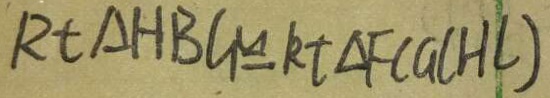
R t \Delta H B G \cong R t \Delta F C G ( H L )